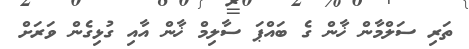
ތަރި ސަލްމާން ޚާން ގެ ބައްޕަ ސާލިމް ޚާން އާއި ގުޅިގެން ވަރަށް